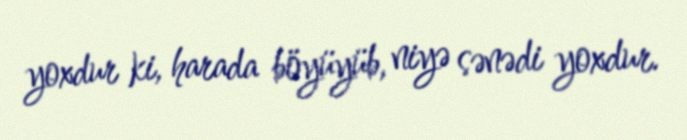
yoxdur ki, harada böyüyüb, niyə sənədi yoxdur.